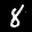
Label: 8